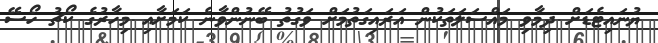
ޔުނައިޓެޑަށް ދިމާވި މައްސަލަތަކުން އަރައިގަތުމަށް ވަގުތު ބޭނުންވާނެ ކަމަށާއި މިހާރުގެ ކޯޗު ހޯސޭ